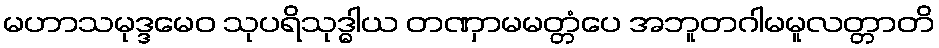
မဟာသမုဒ္ဒမေဝ သုပရိသုဒ္ဓါယ တဏှာမမတ္တံပေ အဘူတဂါမမူလတ္တာတိ